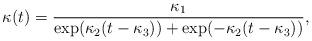
LaTeX: \begin{align*} \kappa(t)=\frac{\kappa_1}{\exp(\kappa_2(t-\kappa_3))+\exp(-\kappa_2(t-\kappa_3))},\end{align*}